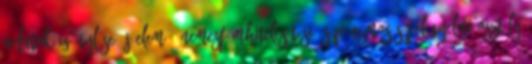
adatok igénylése Új elem --Nemesfémhitelesítési és Pénzmosás Felügyeleti Osztály